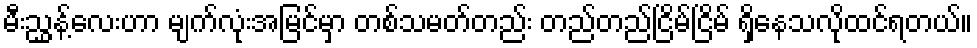
မီးညွှန့်လေးဟာ မျက်လုံးအမြင်မှာ တစ်သမတ်တည်း တည်တည်ငြိမ်ငြိမ် ရှိနေသလိုထင်ရတယ်။